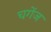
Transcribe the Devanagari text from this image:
चगेंज